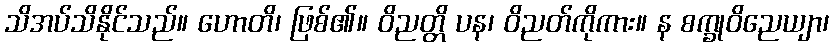
သိအပ်သိနိုင်သည်။ ဟောတိ၊ ဖြစ်၏။ ဝိညတ္တိ ပန၊ ဝိညတ်ကိုကား။ န စက္ခုဝိညေယျာ၊